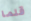
قلما